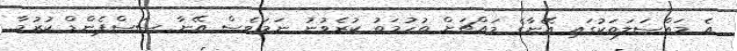
އެ މައްސަލަތަކުގައި އޭނާގެ މައްޗަށް ތުހުމަތު ކުރެވުނު ނަމަވެސް އޭނާ ސަސްޕެންޑް ކުރުމާ